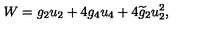
W = g _ { 2 } u _ { 2 } + 4 g _ { 4 } u _ { 4 } + 4 \widetilde { g } _ { 2 } u _ { 2 } ^ { 2 } ,